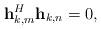
LaTeX: \begin{align*}\mathbf{h}_{k,m}^H\mathbf{h}_{k,n} = 0,\end{align*}